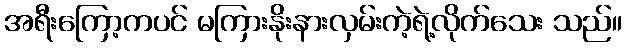
အရီးကြော့ကပင် မကြားနိုးနားလှမ်းကဲ့ရဲ့လိုက်သေး သည်။